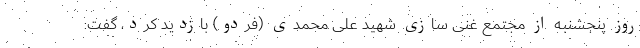
روز پنجشنبه از مجتمع غنی سازی شهید علی محمدی (فردو) بازدید کرد، گفت: